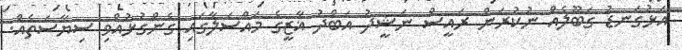
އަޅުގަނޑު ގަބޫލެއް ނުކުރަން ރައީސް ނަޝީދު އަބްދު ޣާޒީގެ މައްސަލާގައި ގެންގުޅުއްވި ސިޔާސަތެއް.